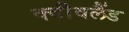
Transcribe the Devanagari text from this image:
क्वीवलैंड